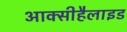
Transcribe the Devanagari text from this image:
आक्सीहैलाइड